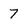
Character: 7